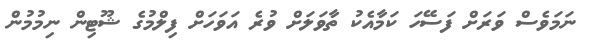
ނަމަވެސް ވަރަށް ފަސޭހަ ކަމާއެކު ތާވަލަށް ވުރެ އަވަހަށް ފިލްމުގެ ޝޫޓިން ނިމުމުން